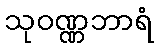
သုဝဏ္ဏဘာရံ